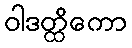
ဝါဒတ္ထိကော